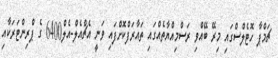
ޗަމްޕާ ހޮޓެލްސްގައި މިރޭ ބޭއްވި ރަސްމިއްޔާތެއްގައި ތައާރަފްކޮށްފައި ވަނީ އެޗްއެލް-އެލް6400 ގެ ޕްރިންޓަރަކާއި